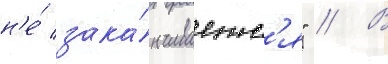
н'е́ зака́нчиваетс'я" // В